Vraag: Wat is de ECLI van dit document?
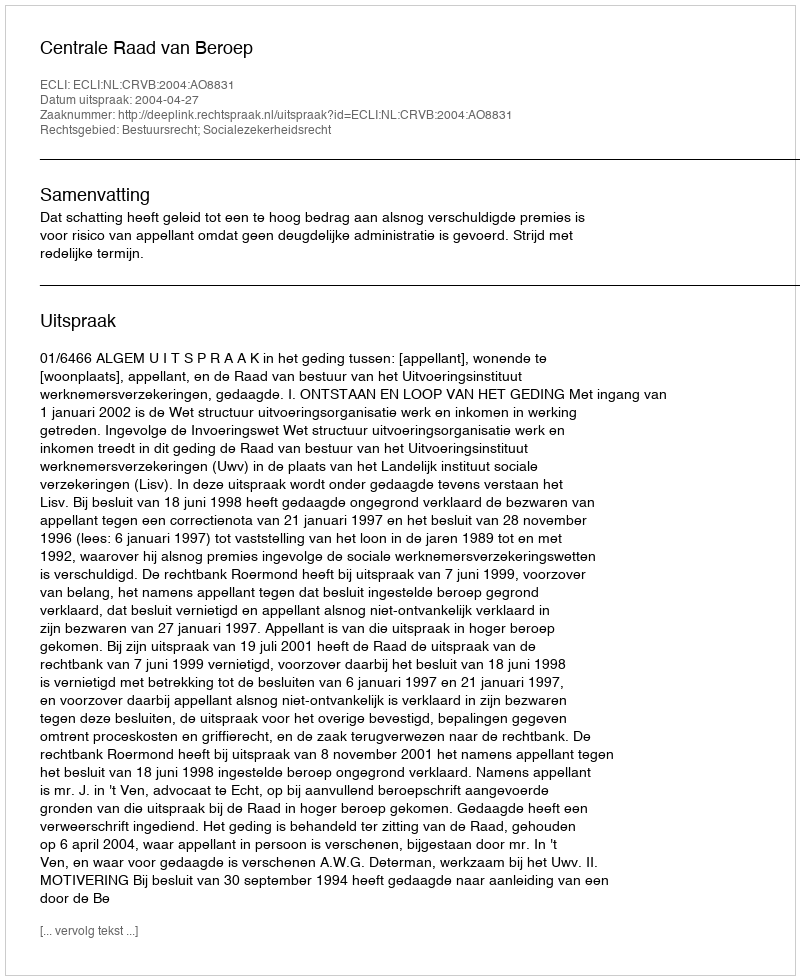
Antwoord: ECLI:NL:CRVB:2004:AO8831